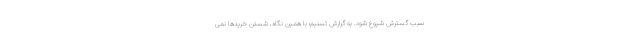
سبب گسترش شیوع شود. به گزارش تسنیم؛ با همین نگاه، شستن خریدها نمی